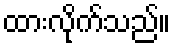
ထားလိုက်သည်။